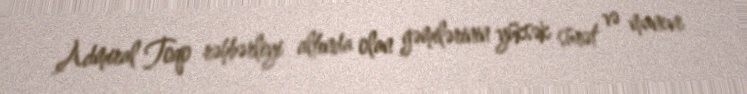
Admiral Toqo rəhbərliyi altında olan gəmilərinin yüksək sürət və manevr